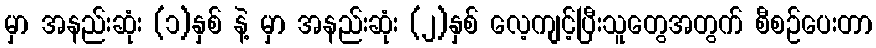
မှာ အနည်းဆုံး (၁)နှစ် နဲ့ မှာ အနည်းဆုံး (၂)နှစ် လေ့ကျင့်ပြီးသူတွေအတွက် စီစဉ်ပေးတာ